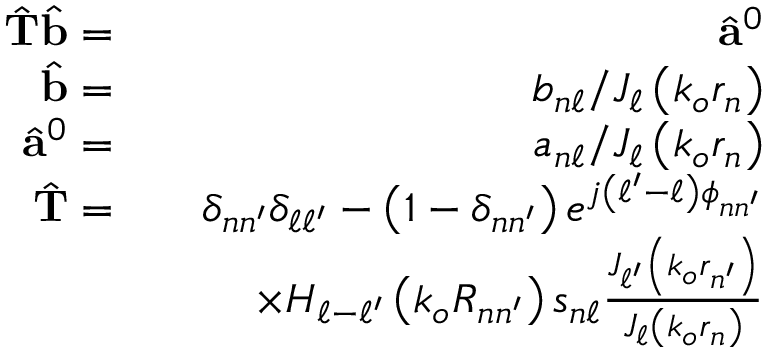
\begin{array} { r l r } { \hat { \mathbf { T } } \hat { \mathbf { b } } = } & { } & { \hat { \mathbf { a } } ^ { 0 } } \\ { \hat { \mathbf { b } } = } & { } & { b _ { n \ell } / J _ { \ell } \left( k _ { o } r _ { n } \right) } \\ { \hat { \mathbf { a } } ^ { 0 } = } & { } & { a _ { n \ell } / J _ { \ell } \left( k _ { o } r _ { n } \right) } \\ { \hat { \mathbf { T } } = } & { } & { \delta _ { n n ^ { \prime } } \delta _ { \ell \ell ^ { \prime } } - \left( 1 - \delta _ { n n ^ { \prime } } \right) e ^ { j \left( \ell ^ { \prime } - \ell \right) \phi _ { n n ^ { \prime } } } } \\ & { } & { \times H _ { \ell - \ell ^ { \prime } } \left( k _ { o } R _ { n n ^ { \prime } } \right) s _ { n \ell } \frac { J _ { \ell ^ { \prime } } \left( k _ { o } r _ { n ^ { \prime } } \right) } { J _ { \ell } \left( k _ { o } r _ { n } \right) } } \end{array}